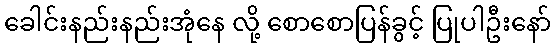
ခေါင်းနည်းနည်းအုံနေ လို့ စောစောပြန်ခွင့် ပြုပါဦးနော်